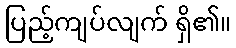
ပြည့်ကျပ်လျက် ရှိ၏။